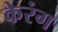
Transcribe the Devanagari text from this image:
केरंग